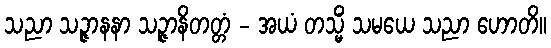
သညာ သဉ္ဇာနနာ သဉ္ဇာနိတတ္တံ - အယံ တသ္မိံ သမယေ သညာ ဟောတိ။